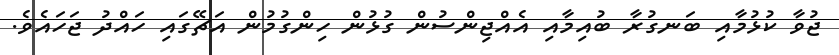
ޖުވާ ކުޅުމާއި ބަނގުރާ ބުއިމާއި އެއްޖިންސުން ގުޅުން ހިންގުމުން އަޗޭގައި ހައްދު ޖަހައެވެ.